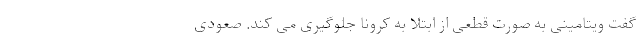
گفت ویتامینی به صورت قطعی از ابتلا به کرونا جلوگیری می کند. صعودی